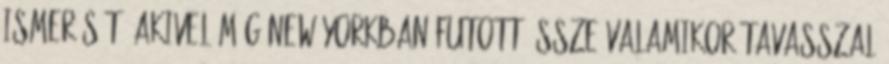
ismerősét, akivel még New Yorkban futott össze valamikor tavasszal